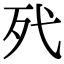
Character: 𣧆